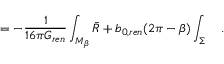
= - { \frac { 1 } { 1 6 \pi G _ { r e n } } } \int _ { M _ { \beta } } \bar { R } + b _ { 0 , r e n } ( 2 \pi - \beta ) \int _ { \Sigma } ~ ~ ~ .